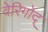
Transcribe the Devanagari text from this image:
वेरिगोद्